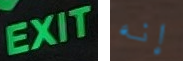
EXIT إنه